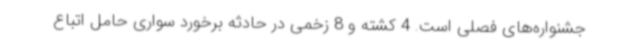
جشنواره‌های فصلی است. 4 کشته و 8 زخمی در حادثه برخورد سواری حامل اتباع